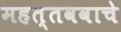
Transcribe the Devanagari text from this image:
महत्तववाचे